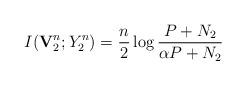
LaTeX: \begin{align*}I(\mathbf{V}^n_2;Y^n_2)=\frac{n}{2}\log\frac{P+N_2}{\alpha P+N_2}\end{align*}